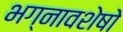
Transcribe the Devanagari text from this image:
भग्नावशेषो